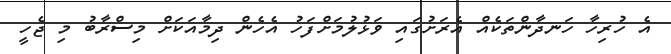
އެ ހުރިހާ ހަނދާންތަކެއް އެރަށުގައި ވަޅުލުމަށްފަހު އެހެން ދިމާއަކަށް މިސްރާބު މި ޖެހީ